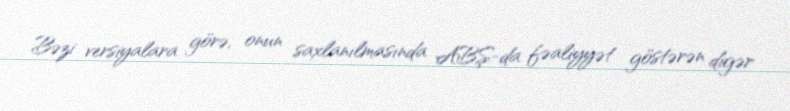
Bəzi versiyalara görə, onun saxlanılmasında ABŞ-da fəaliyyət göstərən digər